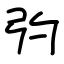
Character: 㢩